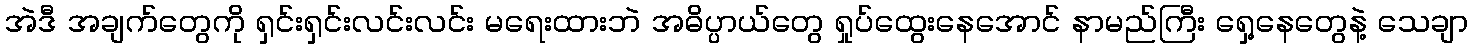
အဲဒီ အချက်တွေကို ရှင်းရှင်းလင်းလင်း မရေးထားဘဲ အဓိပ္ပာယ်တွေ ရှုပ်ထွေးနေအောင် နာမည်ကြီး ရှေ့နေတွေနဲ့ သေချာ